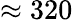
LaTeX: \approx 320